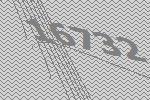
16732